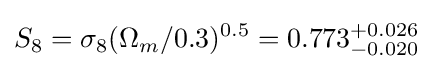
S_{8}=\sigma _{8}(\Omega _{m}/0.3)^{0.5}=0.773_{-0.020}^{+0.026}